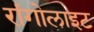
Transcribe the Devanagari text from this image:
रांगोलाइट